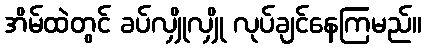
အိမ်ထဲတွင် ခပ်လျှိုလျှို လုပ်ချင်နေကြမည်။